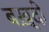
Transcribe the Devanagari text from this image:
बख़्दी